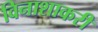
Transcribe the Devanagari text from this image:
विनाशाकरी